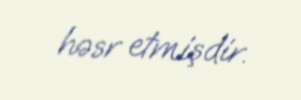
həsr etmişdir.